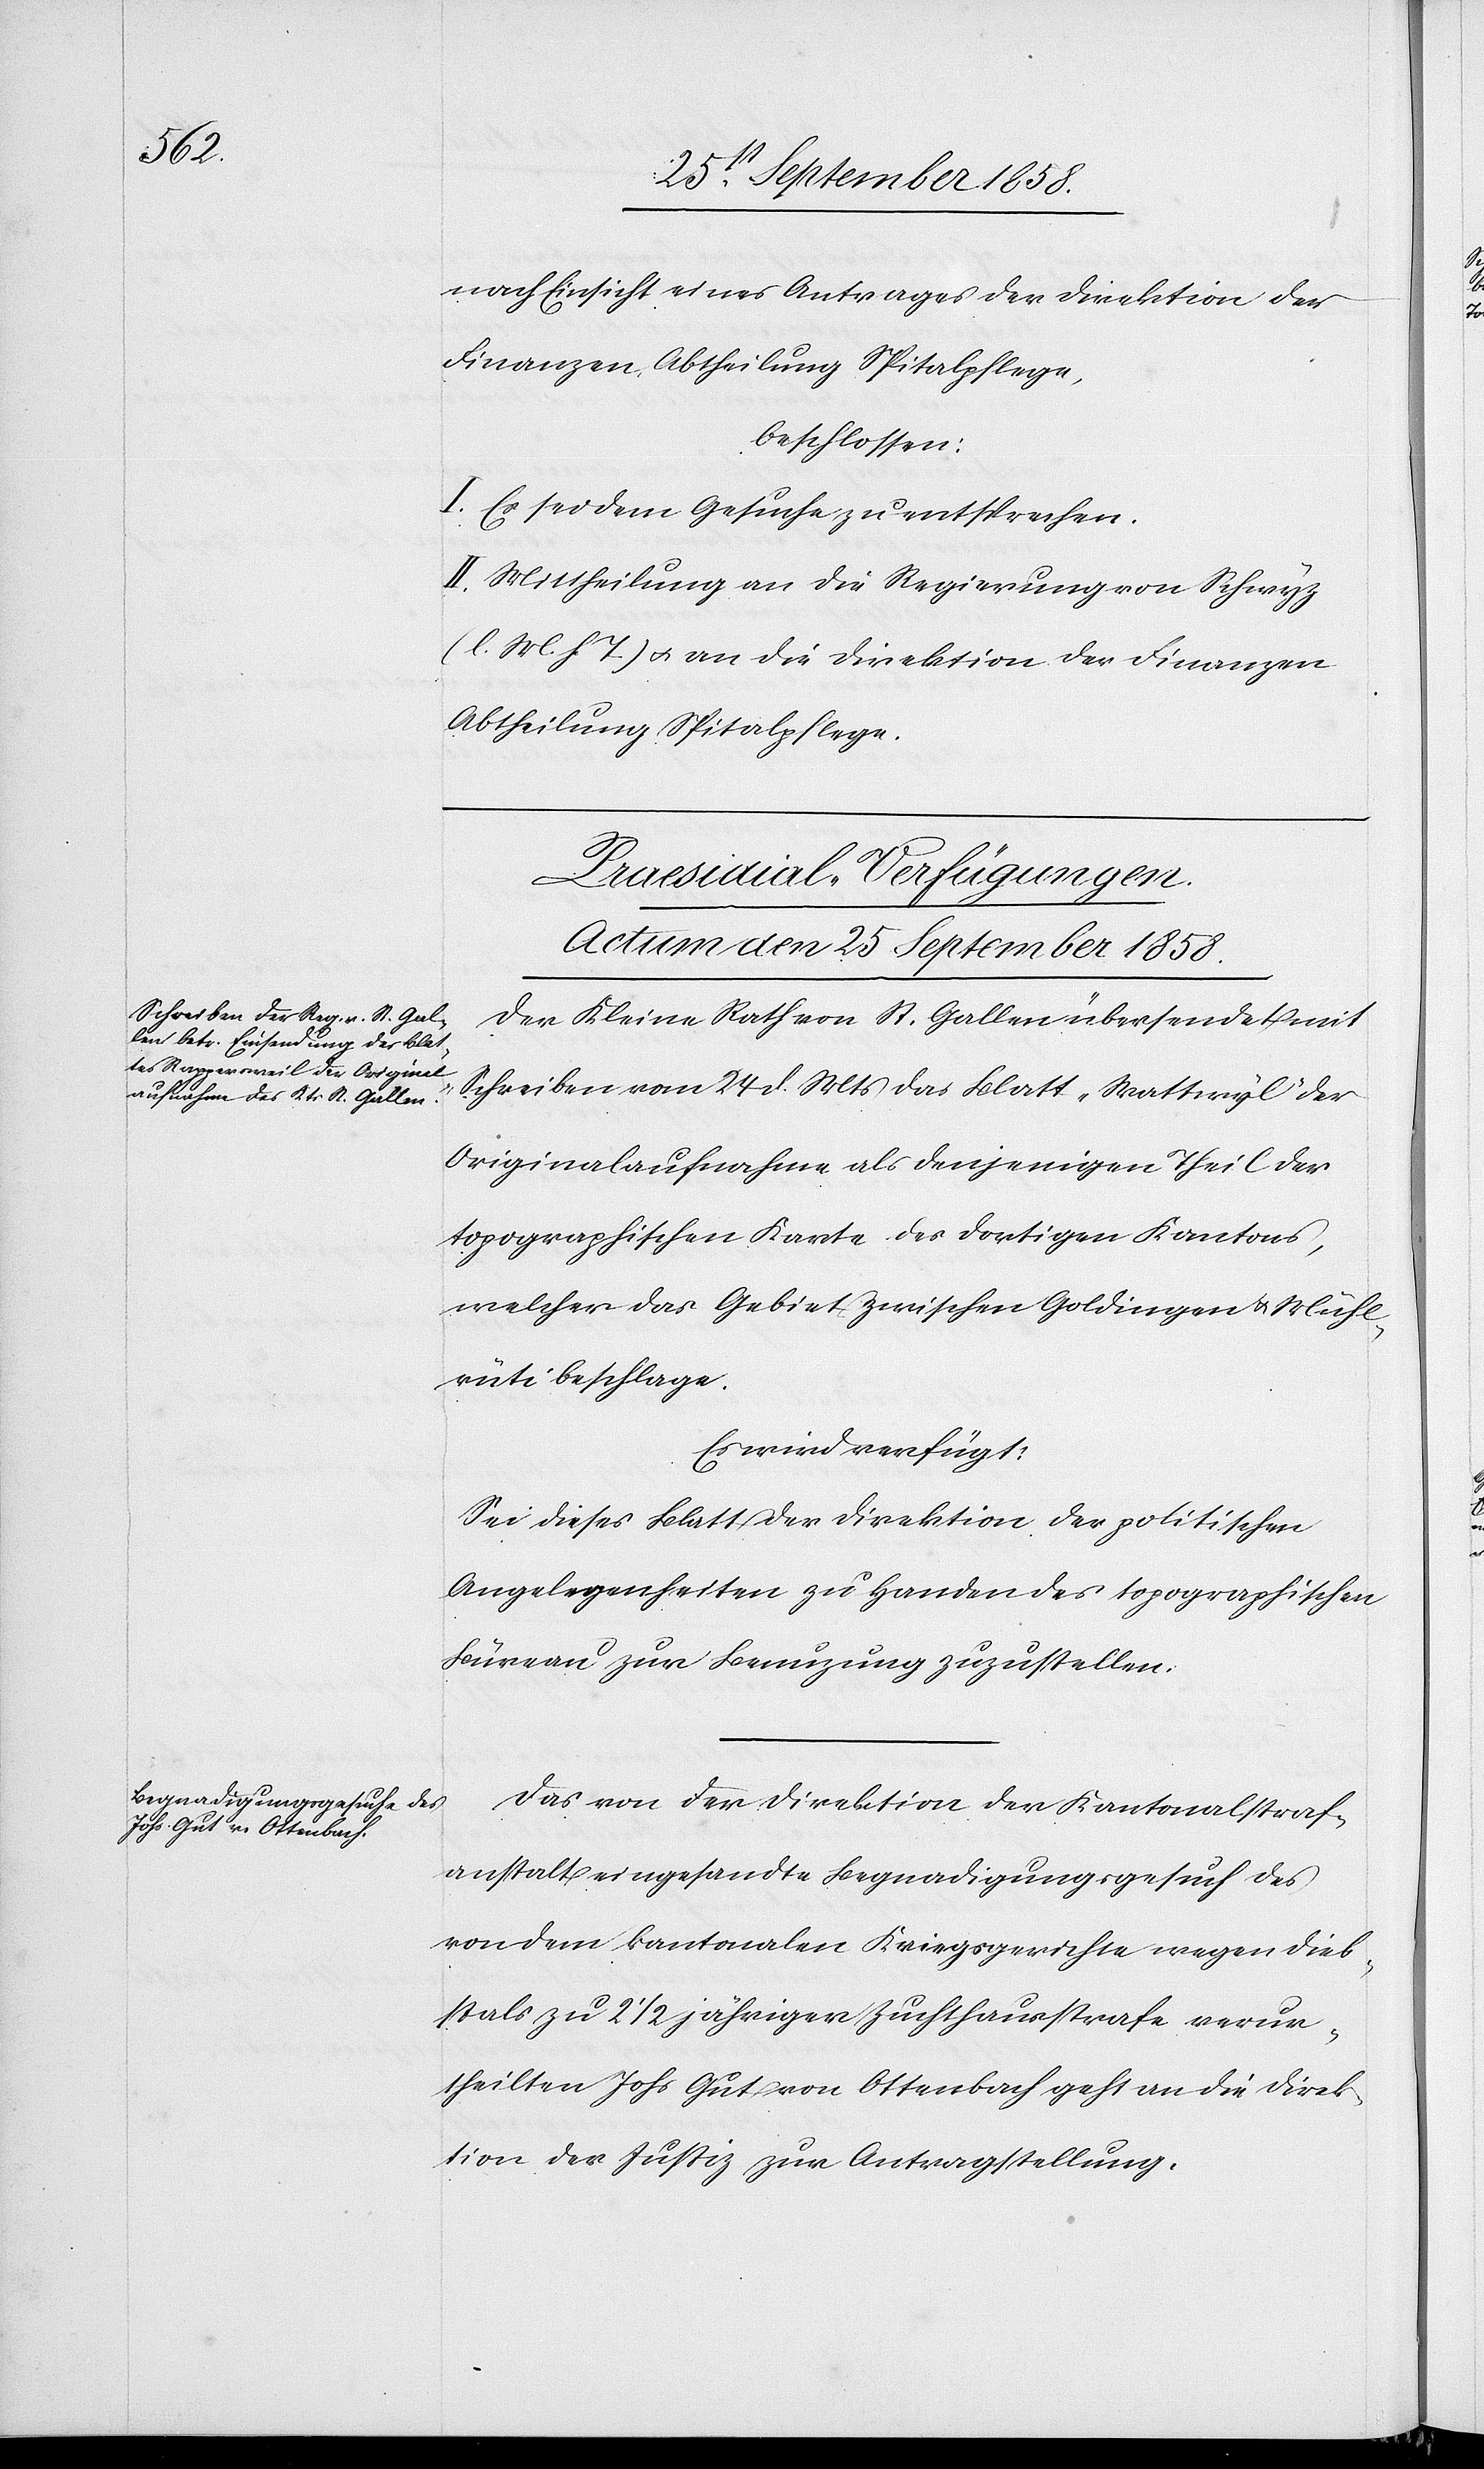
nach Einsicht eines Antrages der Direktion der
Finanzen, Abtheilung Spitalpflege,
beschlossen:
I. Es sei dem Gesuche zu entsprechen.
II. Mittheilung an die Regierung von Schwyz
(l. M. h. T.) & an die Direktion der Finanzen
Abtheilung Spitalpflege.
[Praesidial-Verfügungen.
Actum den 25 September 1858.]
Der Kleine Rath von St. Gallen übersendet mit
Schreiben vom 24 d. Mts das Blatt „Wattwyl“ der
Originalaufnahme als denjenigen Theil der
topographischen Karte des dortigen Kantons,
welcher das Gebiet zwischen Goldingen & Mühl¬
rüti beschlage.
Es wird verfügt:
Sei dieses Blatt der Direktion der politischen
Angelegenheiten zu Handen des topographischen
Büreau zur Benuzung zuzustellen.
Das von der Direktion der Kantonalstraf¬
anstalt eingesandte Begnadigungsgesuch des
von dem kantonalen Kriegsgerichte wegen Dieb¬
stals zu 2 1/2 jähriger Zuchthausstrafe verur¬
theilten Johs. Gut von Ottenbach geht an die Direk¬
tion der Justiz zur Antragstellung.